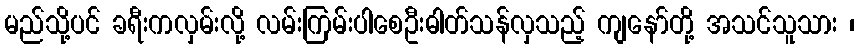
မည်သို့ပင် ခရီးကလှမ်းလို့ လမ်းကြမ်းပါစေဦးဓါတ်သန်လှသည့် ကျနော်တို့ အသင်သူသား ၊